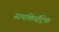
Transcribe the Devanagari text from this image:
सायकियॅट्रिक